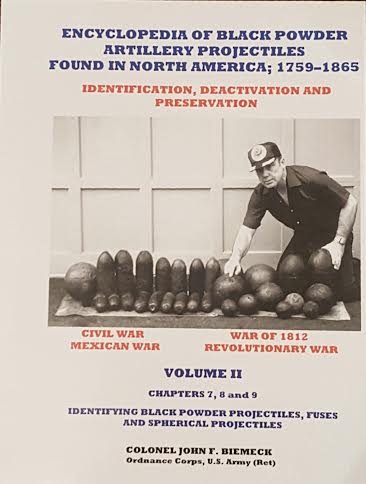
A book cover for Encyclopedia of Black Powder Artillery Projectiles Found in North America; 1759-1865 Identification, Deactivation and Preservation, Volume II; U.S.Army (Ret) Colonel John F. Biemeck  Ordnance Corps; Reference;